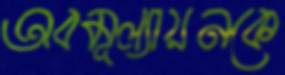
অবমূল্যায়নকে